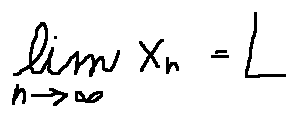
\lim \limits _ { n \rightarrow \infty } x _ { n } = L